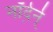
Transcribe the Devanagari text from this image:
नॉर्द़र्न्